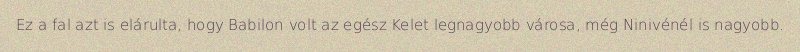
Ez a fal azt is elárulta, hogy Babilon volt az egész Kelet legnagyobb városa, még Ninivénél is nagyobb.